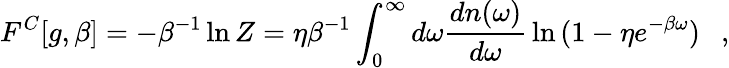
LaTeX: F^{C}[g,\beta]=-\beta^{-1}\ln Z=\eta\beta^{-1}\int_{0}^{\infty}d\omega{\frac{dn(\omega)}{d\omega}}\ln{(1-\eta e^{-\beta\omega})}~~~,